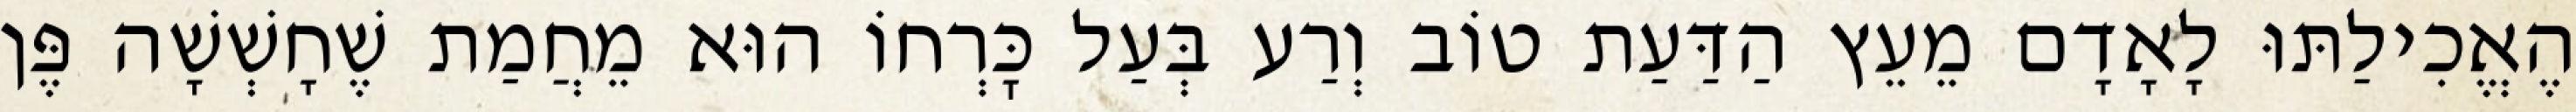
הֶאֱכִילַתּוּ לָאָדָם מֵעֵץ הַדַּעַת טוֹב וְרַע בְּעַל כׇּרְחוֹ הוּא מֵחֲמַת שֶׁחָשְׁשָׁה פֶּן